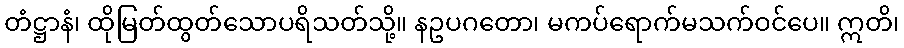
တံဋ္ဌာနံ၊ ထိုမြတ်ထွတ်သောပရိသတ်သို့။ နဥပဂတော၊ မကပ်ရောက်မသက်ဝင်ပေ။ ဣတိ၊